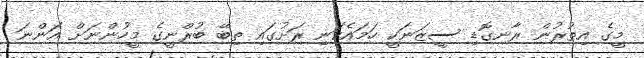
މީގެ އިތުރުން ރާނގޮޑި ސީޒަނަކީ ހަމައެކަނި ރަށުގައި ތިބޭ ބުރްނީގެ މީހުންނަށް އަންނަ